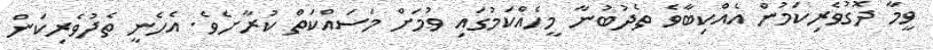
ވީމާ ދޮގުވެރިކަމުން އެއްކިބާވެ ތެދުބުނާ މީހެއްކަމުގައި ވުމަށް މަސައްކަތް ކުރާށެވެ. އެހެނީ ތެދުވެރިކަން